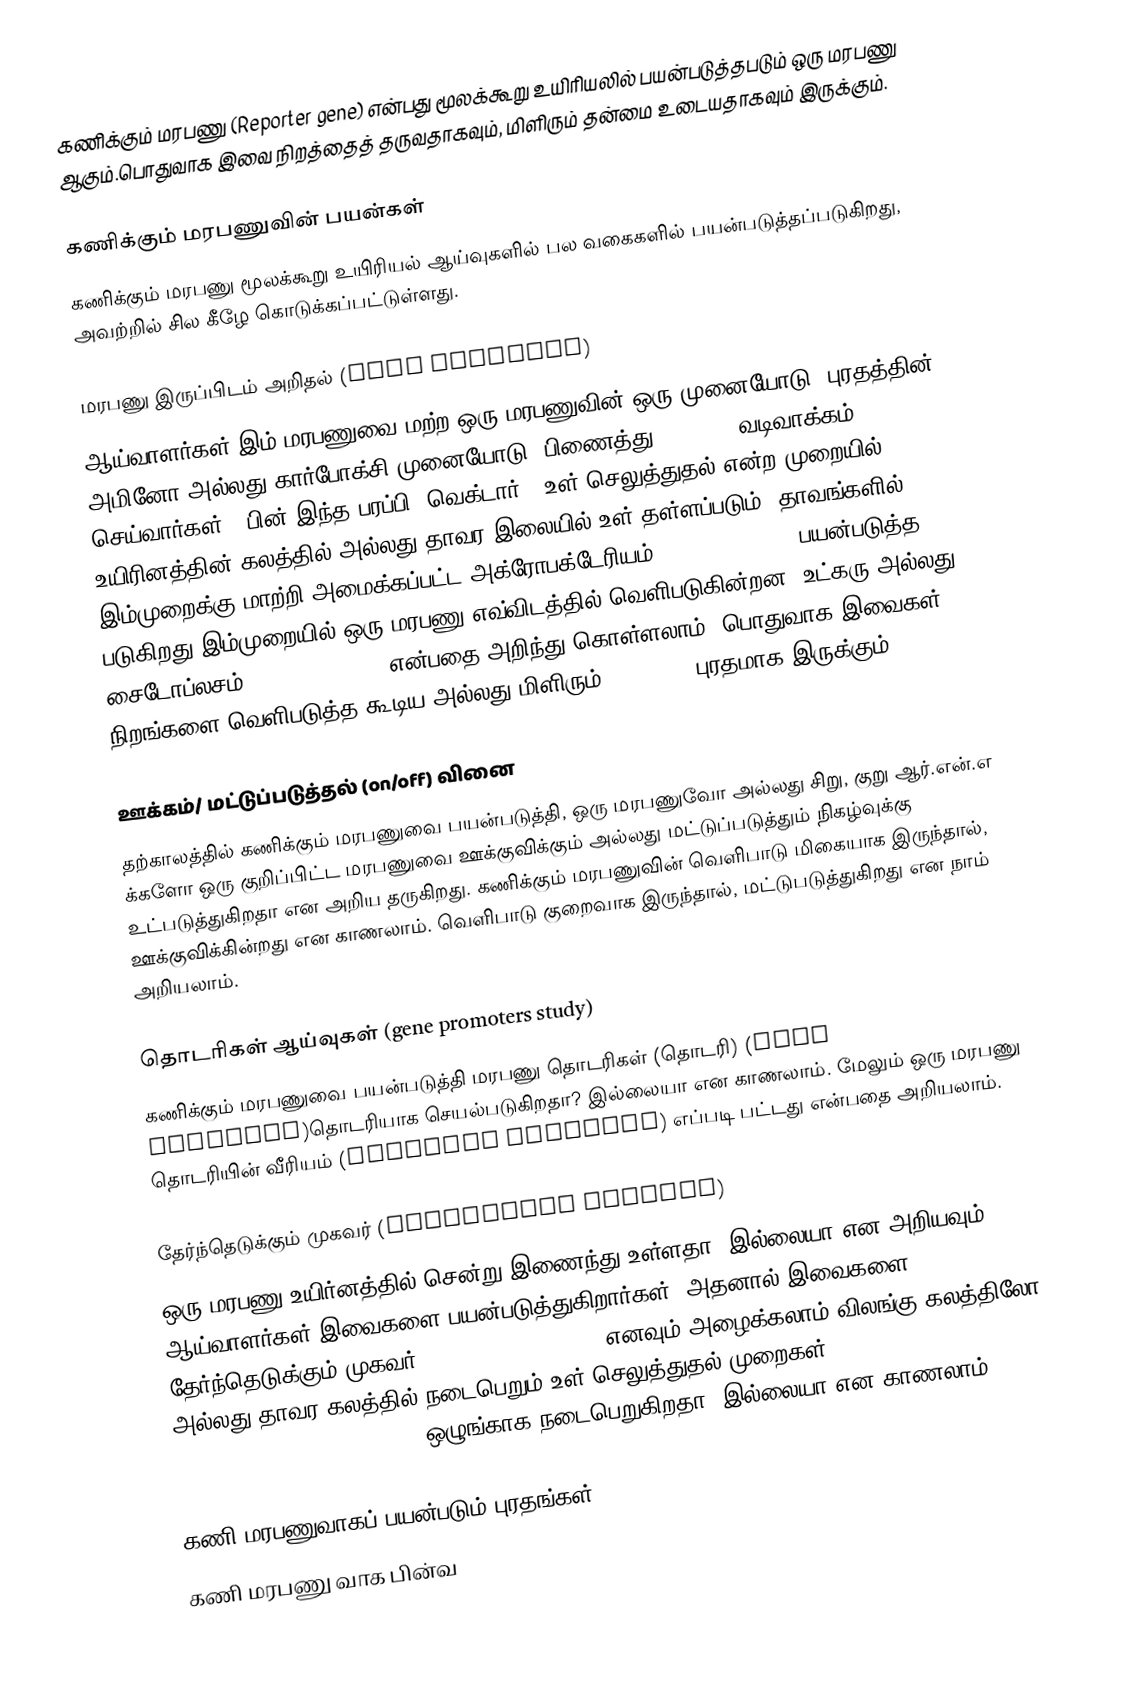
கணிக்கும் மரபணு  (Reporter gene) என்பது மூலக்கூறு உயிரியலில் பயன்படுத்தபடும் ஒரு மரபணு ஆகும்.பொதுவாக இவை நிறத்தைத் தருவதாகவும், மிளிரும் தன்மை உடையதாகவும் இருக்கும்.

கணிக்கும் மரபணுவின் பயன்கள்
கணிக்கும் மரபணு  மூலக்கூறு உயிரியல் ஆய்வுகளில் பல வகைகளில் பயன்படுத்தப்படுகிறது, அவற்றில் சில கீழே கொடுக்கப்பட்டுள்ளது.

மரபணு இருப்பிடம் அறிதல் (gene location)
ஆய்வாளர்கள் இம் மரபணுவை மற்ற ஒரு  மரபணுவின் ஒரு முனையோடு (புரதத்தின் அமினோ அல்லது கார்போக்சி முனையோடு)    பிணைத்து (fusion) வடிவாக்கம் செய்வார்கள் . பின் இந்த பரப்பி (வெக்டார்), உள்-செலுத்துதல் என்ற முறையில் உயிரினத்தின் கலத்தில் அல்லது தாவர இலையில் உள்-தள்ளப்படும். தாவங்களில் இம்முறைக்கு  மாற்றி அமைக்கப்பட்ட அக்ரோபக்டேரியம் (Agrobacteriam) பயன்படுத்த படுகிறது.இம்முறையில் ஒரு மரபணு  எவ்விடத்தில் வெளிபடுகின்றன (உட்கரு அல்லது சைடோப்லசம், gene location)  என்பதை அறிந்து கொள்ளலாம். பொதுவாக இவைகள் நிறங்களை வெளிபடுத்த கூடிய அல்லது மிளிரும் (glowing)   புரதமாக இருக்கும்.

ஊக்கம்/ மட்டுப்படுத்தல் (on/off) வினை
தற்காலத்தில் கணிக்கும் மரபணுவை பயன்படுத்தி, ஒரு மரபணுவோ அல்லது சிறு, குறு ஆர்.என்.எ க்களோ ஒரு குறிப்பிட்ட மரபணுவை ஊக்குவிக்கும் அல்லது மட்டுப்படுத்தும் நிகழ்வுக்கு உட்படுத்துகிறதா என அறிய தருகிறது. கணிக்கும் மரபணுவின் வெளிபாடு மிகையாக இருந்தால், ஊக்குவிக்கின்றது என காணலாம். வெளிபாடு குறைவாக இருந்தால், மட்டுபடுத்துகிறது என நாம் அறியலாம்.

தொடரிகள்  ஆய்வுகள் (gene promoters study)
கணிக்கும் மரபணுவை பயன்படுத்தி மரபணு தொடரிகள் (தொடரி) (gene promoter)தொடரியாக செயல்படுகிறதா? இல்லையா என காணலாம். மேலும் ஒரு மரபணு தொடரியின் வீரியம் (promoter strength) எப்படி பட்டது என்பதை அறியலாம்.

தேர்ந்தெடுக்கும்  முகவர் (selectable markers)
ஒரு மரபணு உயிர்னத்தில் சென்று இணைந்து உள்ளதா? இல்லையா என அறியவும் ஆய்வாளர்கள் இவைகளை  பயன்படுத்துகிறார்கள்.  அதனால் இவைகளை தேர்ந்தெடுக்கும் முகவர் (selectable markers) எனவும் அழைக்கலாம்.விலங்கு கலத்திலோ அல்லது தாவர கலத்தில் நடைபெறும் உள்-செலுத்துதல் முறைகள்  (transfection, Agroinfection, infiltration) ஒழுங்காக நடைபெறுகிறதா? இல்லையா என காணலாம்.

கணி மரபணுவாகப் பயன்படும் புரதங்கள்
கணி மரபணு வாக  பின்வ